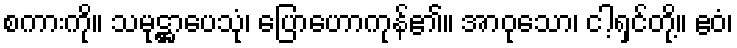
စကားကို။ သမုဋ္ဌာပေသုံ၊ ပြောဟောကုန်၏။ အာဝုသော၊ ငါ့ရှင်တို့။ ဧဝံ၊